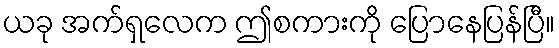
ယခု အက်ရှလေက ဤစကားကို ပြောနေပြန်ပြီ။